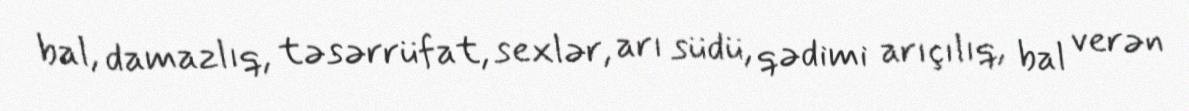
bal, damazlıq, təsərrüfat, sexlər, arı südü, qədimi arıçılıq, bal verən